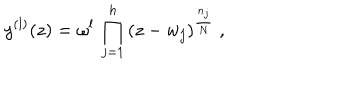
y ^ { ( l ) } ( z ) = \omega ^ { l } \, \prod _ { j = 1 } ^ { h } \, ( z - w _ { j } ) ^ { \frac { n _ { j } } { N } } ~ ,